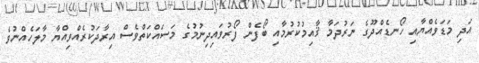
އަދި މަޑަވެއްޔާއި ހޯނޑެއްދޫގެ ނަރުދަމާ ޤާއިމުކުރުމާއި ބޯފެން ފޯރުވައިދިނުމުގެ މަސައްކަތްވެސް އިރާދަކުރެއްވިއްޔާ މާލަހެއްނުވެ